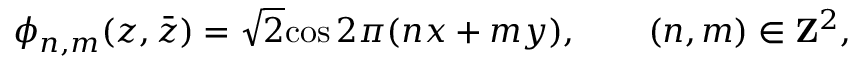
\phi _ { n , m } ( z , \bar { z } ) = \sqrt 2 \mathrm { c o s } \, 2 \pi ( n x + m y ) , \qquad ( n , m ) \in { \bf Z } ^ { 2 } ,